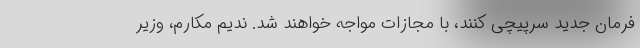
فرمان جدید سرپیچی کنند، با مجازات مواجه خواهند شد. ندیم مکارم، وزیر